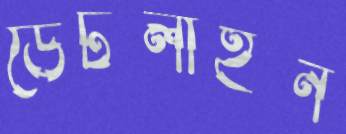
ডেটলাইন